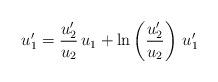
LaTeX: \begin{align*} u_1' = \frac{u_2'}{u_2}\,u_1+\ln\left(\frac{u_2'}{u_2}\right)\,u_1'\end{align*}